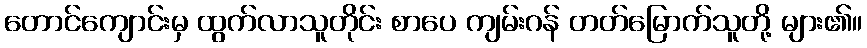
တောင်ကျောင်းမှ ထွက်လာသူတိုင်း စာပေ ကျမ်းဂန် တတ်မြောက်သူတို့ များ၏။